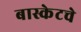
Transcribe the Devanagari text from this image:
बास्केटचे